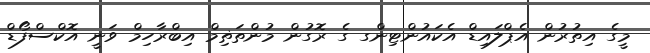
މީގެ އިތުރުން އެޕްލައިޑް އެކައުންޓިންގ ގެ ރޮގުން މުންތަޡިމް އިބްރާހިމް ވަނީ އޮކްސްފޯޑް